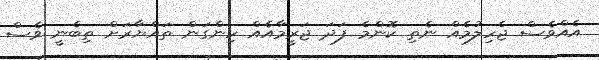
އެއްވެސް ޖެހިލުމެއް ނެތި ކޮންމެ ފަދަ ޖަރީމާއެއް ހިންގަން ތައްޔާރަށް ތިބެނީ ވެސް